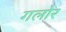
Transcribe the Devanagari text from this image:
गलोर